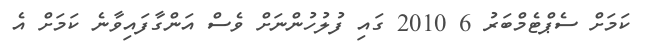
ކަމަށް ސެޕްޓެމްބަރު 6 2010 ގައި ފުލުހުންނަށް ވެސް އަންގާފައިވާނެ ކަމަށް އެ